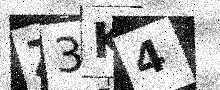
Text: Z3K4